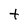
Character: t